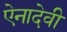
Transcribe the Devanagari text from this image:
ऐनादेवी